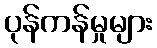
ပုန်ကန်မှုများ